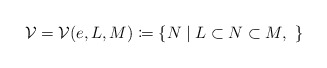
\begin{align*}\mathcal V = \mathcal V(e, L, M) \coloneqq \{N\mid L\subset N \subset M,\ \}\end{align*}